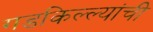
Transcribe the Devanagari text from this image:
गडकिल्ल्यांची